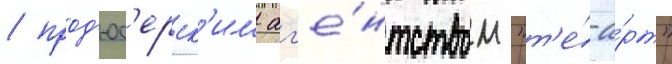
/ прод'юс'ерск'им аг'е́нтством "т'е́-а́рт"